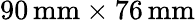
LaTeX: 90\, \mathrm{mm}\times 76\, \mathrm{mm}